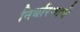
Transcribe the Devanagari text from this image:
निर्धारणाचे